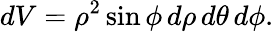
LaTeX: dV=\rho^{2}\sin\phi\, d\rho\, d\theta\, d\phi.